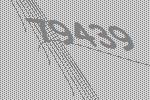
79439